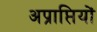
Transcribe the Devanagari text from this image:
अप्राप्तियों